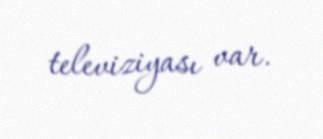
televiziyası var.